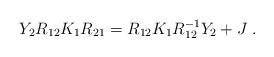
LaTeX: \begin{align*}Y_{2} R_{12} K_{1} R_{21} = R_{12} K_{1} R_{12}^{-1} Y_{2} + J \; .\end{align*}